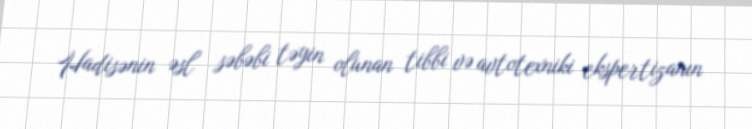
Hadisənin əsl səbəbi təyin olunan tibbi və avtotexniki ekspertizanın